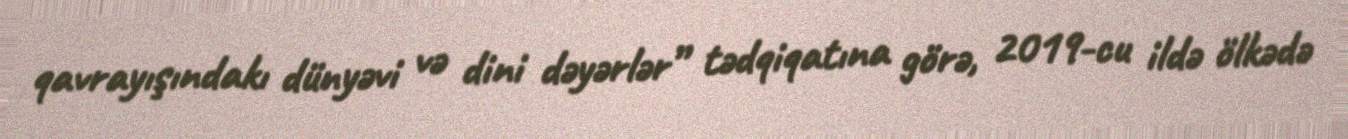
qavrayışındakı dünyəvi və dini dəyərlər” tədqiqatına görə, 2019-cu ildə ölkədə